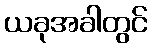
ယခုအခါတွင်